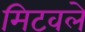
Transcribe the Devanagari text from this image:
मिटवले